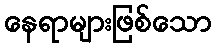
နေရာများဖြစ်သော